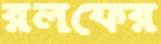
রলফের